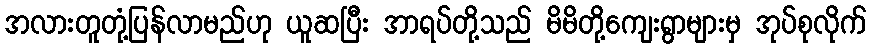
အလားတူတုံ့ပြန်လာမည်ဟု ယူဆပြီး အာရပ်တို့သည် မိမိတို့ကျေးရွာများမှ အုပ်စုလိုက်